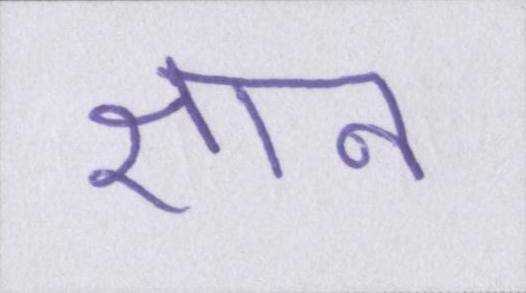
ज्ञान